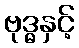
ဗုဒ္ဓနှင့်